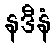
နဒီနံ